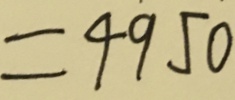
= 4 9 5 0